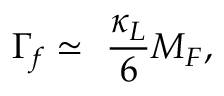
\Gamma _ { f } \simeq ~ \frac { \kappa _ { L } } { 6 } M _ { F } ,